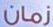
زمان